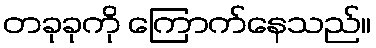
တခုခုကို ကြောက်နေသည်။